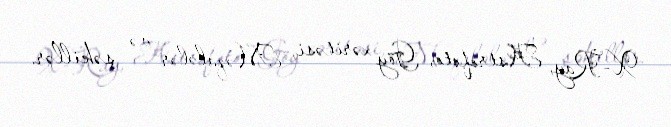
X-Ray, Astrofoto, Göy xəritəsi, Məqalələr və şəkillər.